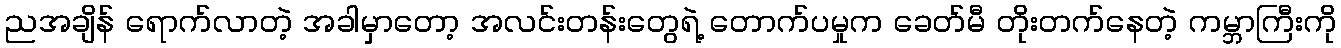
ညအချိန် ရောက်လာတဲ့ အခါမှာတော့ အလင်းတန်းတွေရဲ့ တောက်ပမှုက ခေတ်မီ တိုးတက်နေတဲ့ ကမ္ဘာကြီးကို